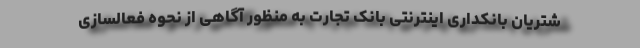
شتریان بانکداری اینترنتی بانک تجارت به منظور آگاهی از نحوه فعالسازی